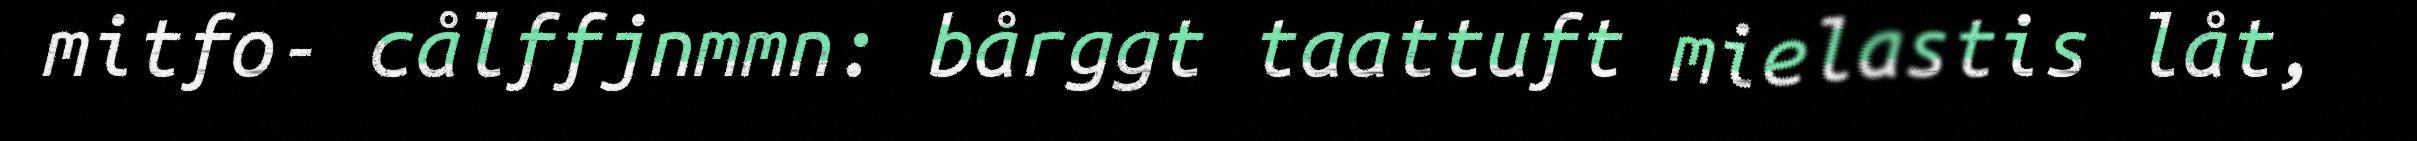
mitfo- cålffjnmmn: bårggt taattuft mielastis låt,